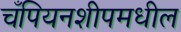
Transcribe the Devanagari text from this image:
चँपियनशीपमधील